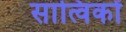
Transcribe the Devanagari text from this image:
सात्विकों